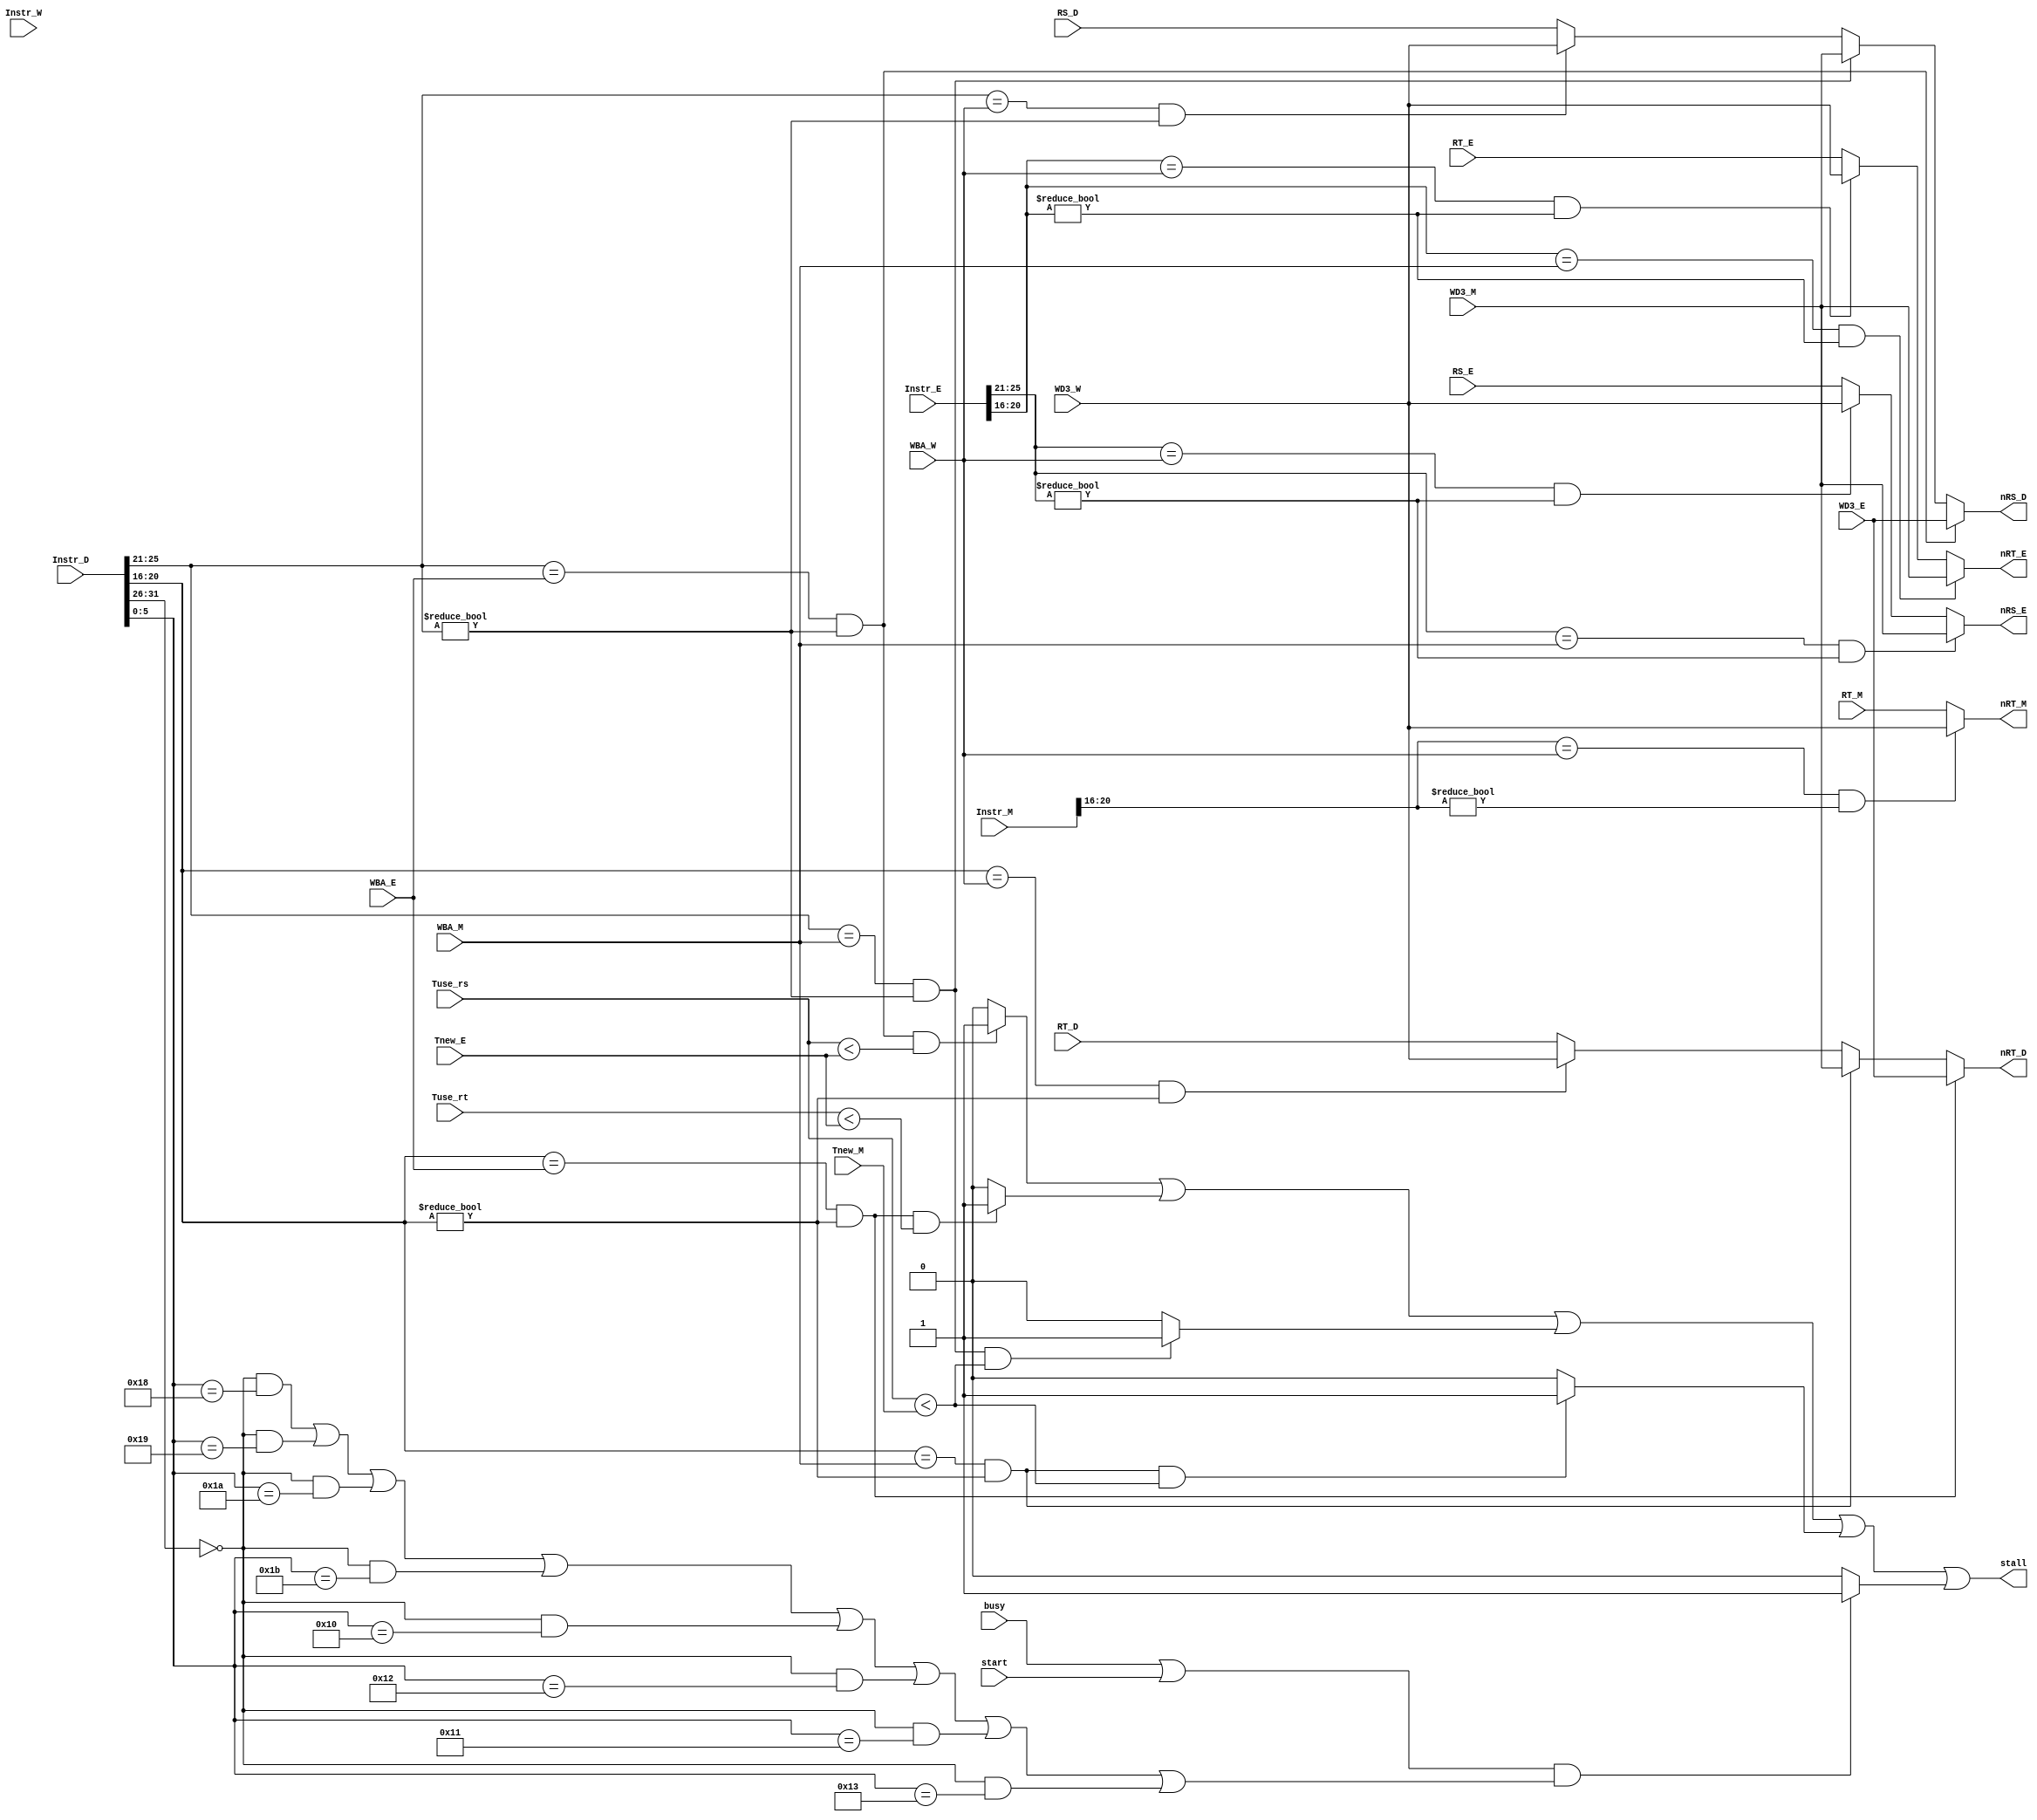
`timescale 1ns / 1ps
`define op 31:26
`define imm26 25:0
`define imm16 15:0
`define rs 25:21
`define rt 20:16
`define rd 15:11
`define funct 5:0
//////////////////////////////////////////////////////////////////////////////////
// Company: 
// Engineer: 
// 
// Design Name: 
// Module Name:    HAZARD 
// Project Name: 
// Target Devices: 
// Tool versions: 
// Description: 
//
// Dependencies: 
//
// Revision: 
// Revision 0.01 - File Created
// Additional Comments: 
//
//////////////////////////////////////////////////////////////////////////////////
module HAZARD(
    input [31:0] Instr_D,
    input [31:0] Instr_E,
    input [31:0] Instr_M,
    input [31:0] Instr_W,
	 input [4:0] WBA_E,
	 input [31:0] WD3_E,
	 input [4:0] WBA_M,
	 input [31:0] WD3_M,
	 input [4:0] WBA_W,
	 input [31:0] WD3_W,
    input [31:0] RS_D,
	 input [31:0] RT_D,
	 input [31:0] RS_E,
	 input [31:0] RT_E,
	 input [31:0] RT_M,
	 //
	 input [1:0] Tuse_rs,
	 input [1:0] Tuse_rt,
	 input [1:0] Tnew_E,
	 input [1:0] Tnew_M,
	 //
	 input start,
	 input busy,
	 //
    output [31:0] nRS_D,
	 output [31:0] nRT_D,
	 output [31:0] nRS_E,
	 output [31:0] nRT_E,
	 output [31:0] nRT_M,
    output stall
    );
	 //forward
	 assign nRS_D=(Instr_D[`rs]==WBA_E&&Instr_D[`rs]!=0)?WD3_E:
	              (Instr_D[`rs]==WBA_M&&Instr_D[`rs]!=0)?WD3_M:
					  (Instr_D[`rs]==WBA_W&&Instr_D[`rs]!=0)?WD3_W:
					   RS_D;
	 assign nRT_D=(Instr_D[`rt]==WBA_E&&Instr_D[`rt]!=0)?WD3_E:
	              (Instr_D[`rt]==WBA_M&&Instr_D[`rt]!=0)?WD3_M:
					  (Instr_D[`rt]==WBA_W&&Instr_D[`rt]!=0)?WD3_W:
					   RT_D;
	 assign nRS_E=(Instr_E[`rs]==WBA_M&&Instr_E[`rs]!=0)?WD3_M:
					  (Instr_E[`rs]==WBA_W&&Instr_E[`rs]!=0)?WD3_W:
					   RS_E;
	 assign nRT_E=(Instr_E[`rt]==WBA_M&&Instr_E[`rt]!=0)?WD3_M:
					  (Instr_E[`rt]==WBA_W&&Instr_E[`rt]!=0)?WD3_W:
					   RT_E;
	 assign nRT_M=(Instr_M[`rt]==WBA_W&&Instr_M[`rt]!=0)?WD3_W:
	 				   RT_M;
	 
	 //wire stallcp01=(Instr_D[`op]==6'b010000&&Instr_D[`funct]==6'b011000)&&(Instr_E[`op]==6'b010000&&Instr_E[`rs]==5'b00100);
	 //wire stallcp02=(Instr_D[`op]==6'b010000&&Instr_D[`funct]==6'b011000)&&(Instr_M[`op]==6'b010000&&Instr_M[`rs]==5'b00100);
	 //
	 wire mult_D=(Instr_D[`op]==6'b000000 & Instr_D[`funct]==6'b011000);
	 wire multu_D=(Instr_D[`op]==6'b000000 & Instr_D[`funct]==6'b011001);
	 wire div_D=(Instr_D[`op]==6'b000000 & Instr_D[`funct]==6'b011010);
	 wire divu_D=(Instr_D[`op]==6'b000000 & Instr_D[`funct]==6'b011011);	 
	 wire mfhi_D=(Instr_D[`op]==6'b000000 & Instr_D[`funct]==6'b010000);
	 wire mflo_D=(Instr_D[`op]==6'b000000 & Instr_D[`funct]==6'b010010);
	 wire mthi_D=(Instr_D[`op]==6'b000000 & Instr_D[`funct]==6'b010001);
	 wire mtlo_D =(Instr_D[`op]==6'b000000 & Instr_D[`funct]==6'b010011);
	 wire stallMD;
	 assign stallMD=((busy|start)&&(mult_D|multu_D|div_D|divu_D|mfhi_D|mflo_D|mthi_D|mtlo_D))?1:0;
	 
	 wire stall_D_E_rs;
	 wire stall_D_E_rt;
	 wire stall_D_M_rs;
	 wire stall_D_M_rt;
	 assign stall_D_E_rs=(Instr_D[`rs]==WBA_E&&Instr_D[`rs]!=0&&(Tuse_rs<Tnew_E))?1:0;
	 assign stall_D_E_rt=(Instr_D[`rt]==WBA_E&&Instr_D[`rt]!=0&&(Tuse_rt<Tnew_E))?1:0;
	 assign stall_D_M_rs=(Instr_D[`rs]==WBA_M&&Instr_D[`rs]!=0&&(Tuse_rs<Tnew_M))?1:0;
	 assign stall_D_M_rt=(Instr_D[`rt]==WBA_M&&Instr_D[`rt]!=0&&(Tuse_rs<Tnew_M))?1:0;
	 assign stall=stall_D_E_rs|stall_D_E_rt|stall_D_M_rs|stall_D_M_rt|stallMD;
	 
endmodule